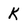
Character: K